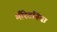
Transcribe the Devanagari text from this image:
मौरेटनिया